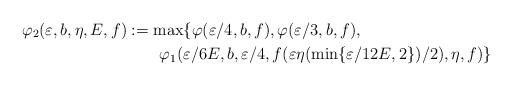
LaTeX: \begin{align*}\varphi_2(\varepsilon,b,\eta,E,f)&:=\max\{\varphi(\varepsilon/4,b,f),\varphi(\varepsilon/3,b,f),\\&\qquad\varphi_1(\varepsilon/6E,b,\varepsilon/4,f(\varepsilon\eta(\min\{\varepsilon/12E,2\})/2),\eta,f)\}\end{align*}